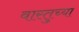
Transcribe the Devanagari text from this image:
वास्तुच्या